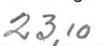
23,10